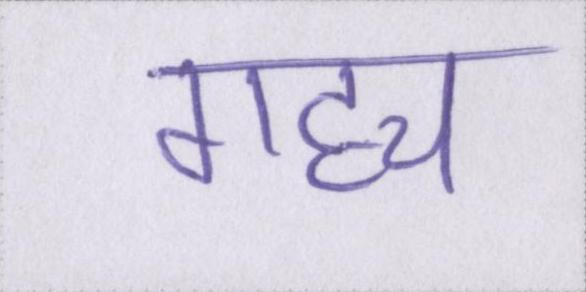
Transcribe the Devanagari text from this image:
गद्द्य